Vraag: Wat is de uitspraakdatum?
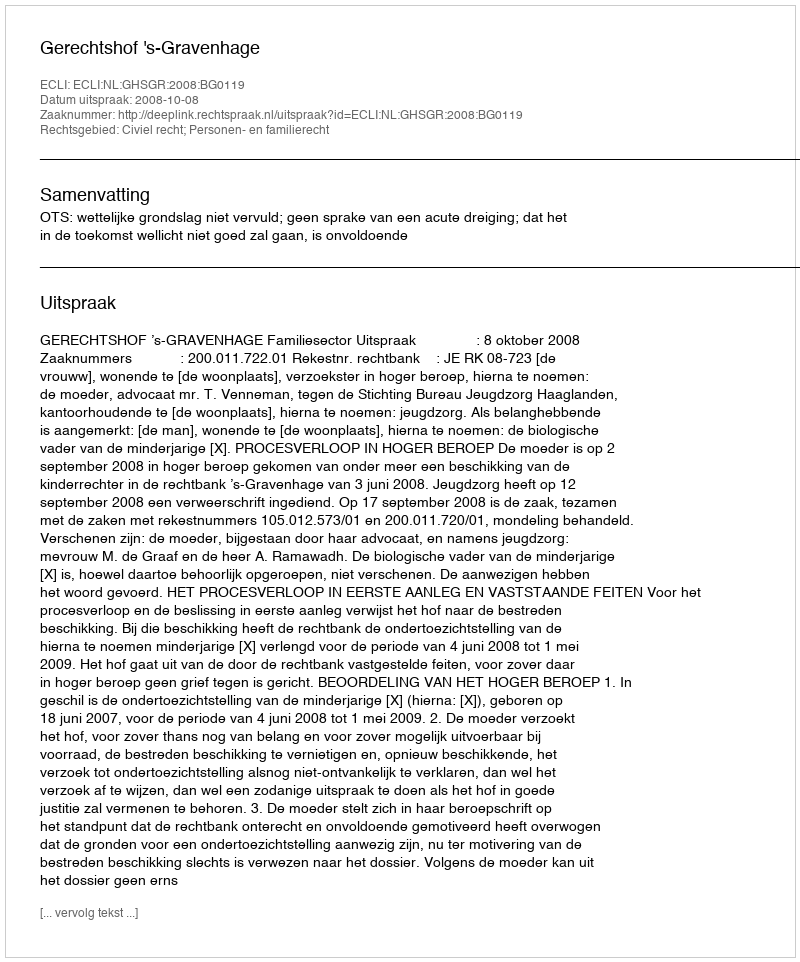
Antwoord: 2008-10-08